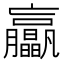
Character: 𦣖